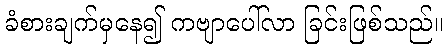
ခံစားချက်မှနေ၍ ကဗျာပေါ်လာ ခြင်းဖြစ်သည်။